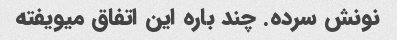
نونش سرده. چند باره این اتفاق میویفته